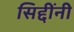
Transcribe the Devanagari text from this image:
सिद्दींनी